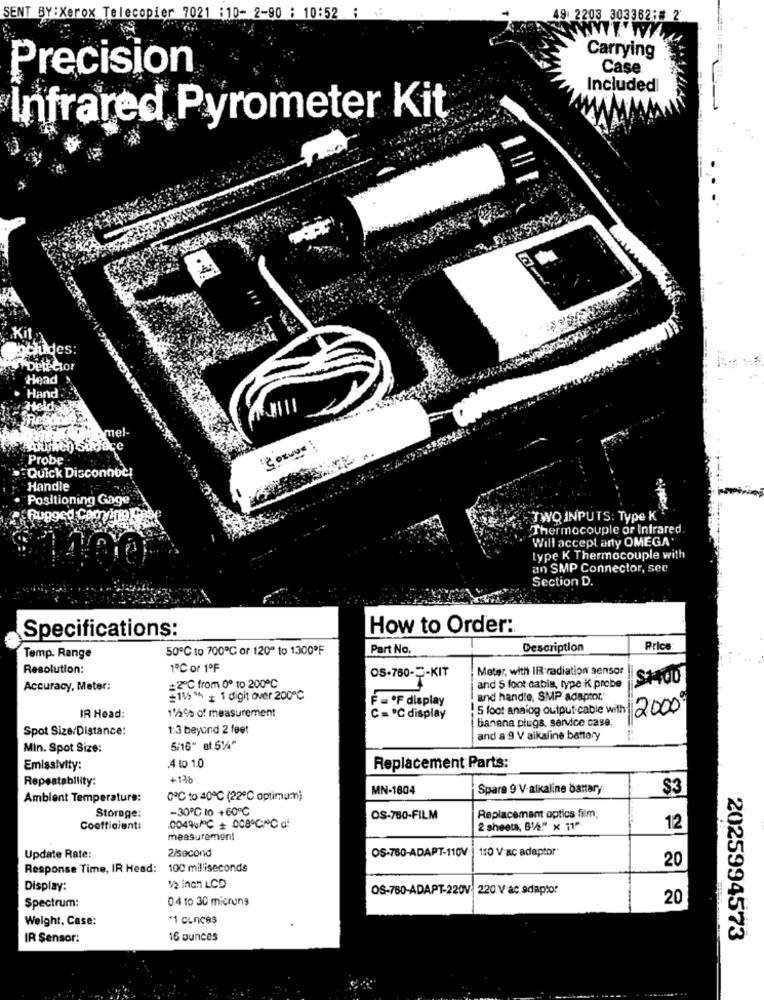
SENT BY : Xerox Telecopier 7021 :10- 2-90 : 10:52
49 2203 303362;
Carrying
Precision
Case
Included
Infrared Pyrometer Kit
Kit
Includes:
Head
Hand
Held
Res
mel-
Corvus
....
Probe
Quick Discon
Handle
Positioning Gage
TWO INPUTS: Type K
Thermocouple or Infrared
Will accept any OMEGA .
type K Thermocouple with
an SMP Connector, sec
Section D.
Specifications:
How to Order:
50℃ to 700℃ or 120" to 1300ºF
Part No.
Description
Price
Temp. Range
Resolution:
1º℃ or 1ºF
OS-760-5-KIT
Meter, with IR radiation sensor
SHOD
Accuracy, Meter:
=2℃ from 0º to 200℃
and 5 foot cabis, type K probe
#1151h + 1 digit over 200℃
F = OF display
and handle, SMP adaptor."
5 foot anaing outputicable with 2000
IR Head:
175% of measurement
C= ℃ display
banana plugs, sendce case.
Spot Size/Distance:
1:3 beyond 2 feet
and a 9 V alkaline battery
Min. Spot Size:
5/16" Bt 51"
Emissivity:
.4 to 1.0
Replacement Parts:
Repeatability:
+13b
MN-1804
Spare 9 V-alkaline battary
$3
Ambient Temperature:
0º℃ to 40℃ (22℃ optimum)
-30℃ to +60℃
Storage:
OS-780-FILM
Replacement optics film;
Coefficient:
2 sheets, B12"" x 11"
12
measurement
2/second
OS-780-ADAPT-110V
1:0 V ac adaptor
Update Rate:
Response Time, IR Head:
100 milliseconds
20
Display:
12 inch LCD
OS-780-ADAPT-220V: 220 V ac adaptor
0.4 to 30 microns
20
Spectrum:
Weight, Case:
*1 Cunces
IR Sensor:
16 ounces
2025994573